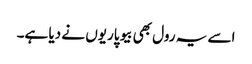
اسے یہ رول بھی بیوپاریوں نے دیا ہے۔